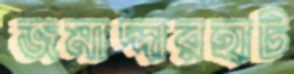
জমাদ্দারহাট